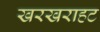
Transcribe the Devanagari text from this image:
खरखराहट